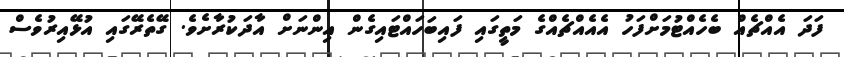
ފަދަ އެއްޗެއް ބެހެއްޓުމަށްފަހު އެއެއްޗެއްގެ މަތީގައި ފައިބަހައްޓައިގެން އިންނަށް އާދަކުރާށެވެ. ގޭތެރޭގައި އުޅޭއިރުވެސް